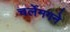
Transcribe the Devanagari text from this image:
चर्लेमगने